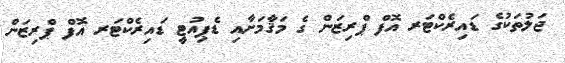
ޖަލުތަކުގެ ޑައިރެކްޓަރ އޮފް ޕްރިޒަން ގެ މަޤާމަށާއި ޑެޕިއުޓީ ޑައިރެކްޓަރ އޮފް ޕްރިޒަން